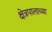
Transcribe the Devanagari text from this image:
क्षेत्रपालाच्या